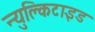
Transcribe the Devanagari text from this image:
न्युक्लिटाइड